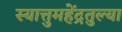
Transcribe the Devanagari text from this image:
स्यात्तुमहेंद्रतुल्या